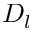
D _ { l }